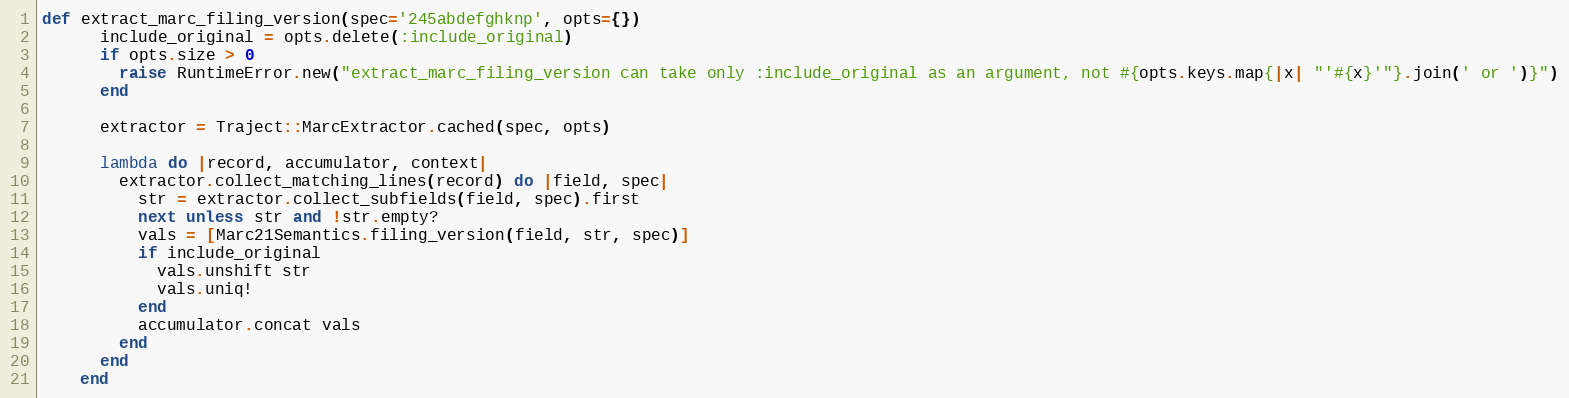
Language: Ruby
def extract_marc_filing_version(spec='245abdefghknp', opts={})
      include_original = opts.delete(:include_original)
      if opts.size > 0
        raise RuntimeError.new("extract_marc_filing_version can take only :include_original as an argument, not #{opts.keys.map{|x| "'#{x}'"}.join(' or ')}")
      end

      extractor = Traject::MarcExtractor.cached(spec, opts)

      lambda do |record, accumulator, context|
        extractor.collect_matching_lines(record) do |field, spec|
          str = extractor.collect_subfields(field, spec).first
          next unless str and !str.empty?
          vals = [Marc21Semantics.filing_version(field, str, spec)]
          if include_original
            vals.unshift str
            vals.uniq!
          end
          accumulator.concat vals
        end
      end
    end